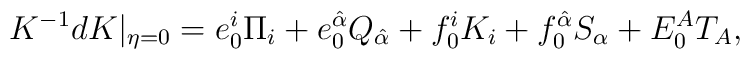
K^{-1}dK|_{\eta=0}=e^i_0\Pi_i+e^{\hat\alpha}_0Q_{\hat\alpha}+f^i_0K_i+f^{\hat\alpha}_0S_{\alpha}+E^A_0T_A,